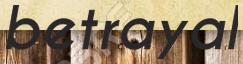
betrayal